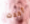
أخذت